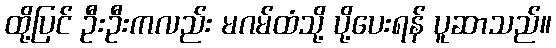
ထို့ပြင် ဦးဦးကလည်း မဂမ်ထံသို့ ပို့ပေးရန် ပူဆာသည်။